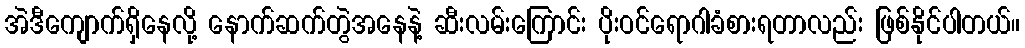
အဲဒီကျောက်ရှိနေလို့ နောက်ဆက်တွဲအနေနဲ့ ဆီးလမ်းကြောင်း ပိုးဝင်ရောဂါခံစားရတာလည်း ဖြစ်နိုင်ပါတယ်။